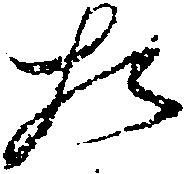
た